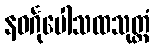
နဝင်္ဂုပေါသထသုတ္တံ